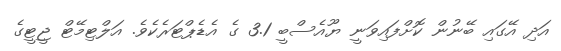
އަދި އޭގައި ބޭނުން ކޮށްފައިވަނީ ޔޫއެސްބީ 3.1 ގެ އެޑެޕްޓަރެކެވެ. އަލްޓިމޭޓް ޖީޓީގެ